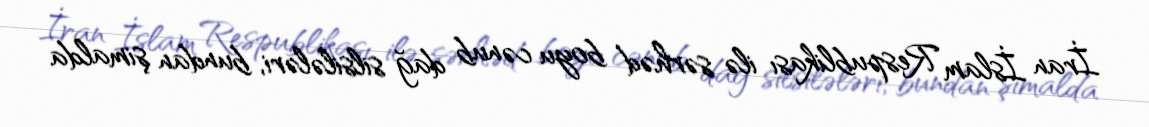
İran İslam Respublikası ilə sərhəd boyu cənub dağ silsilələri, bundan şimalda